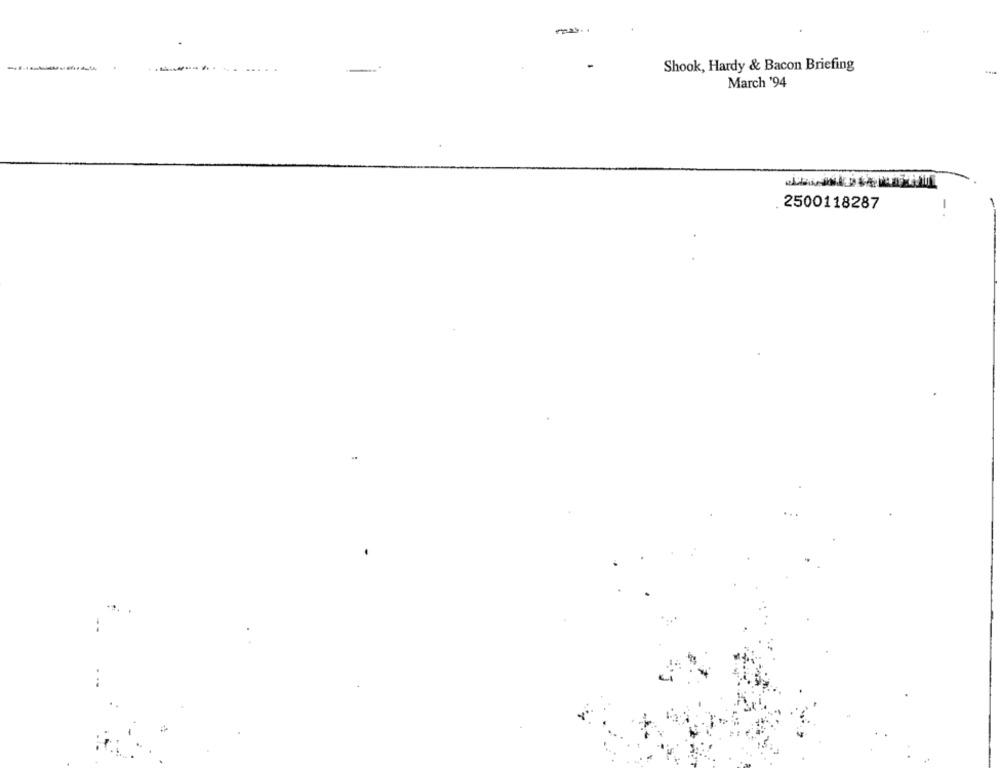
Shook, Hardy & Bacon Briefing
March '94
2500118287
-.